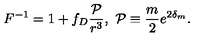
F ^ { - 1 } = 1 + f _ { D } { \frac { \cal P } { r ^ { 3 } } } , \ { \cal P } \equiv { \frac { m } { 2 } } e ^ { 2 \delta _ { m } } .